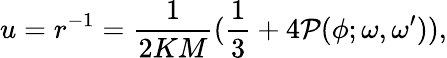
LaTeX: u=r^{-1}={\frac{1}{2KM}}({\frac{1}{3}}+4{\cal P}(\phi;\omega,\omega^{\prime})),